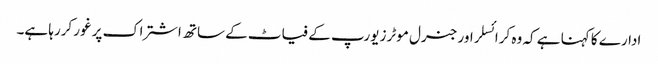
ادارے کا کہنا ہے کہ وہ کرائسلر اور جنرل موٹرز یورپ کے فیاٹ کے ساتھ اشتراک پر غور کررہا ہے۔